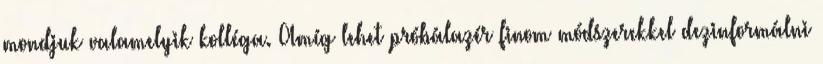
mondjuk valamelyik kolléga. Amíg lehet próbálazér finom módszerekkel dezinformálni